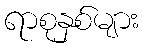
ရာစုနှစ်များ